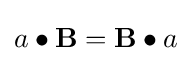
a\bullet \mathbf {B} =\mathbf {B} \bullet a